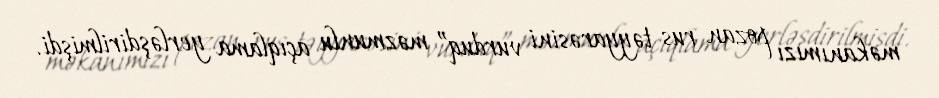
məkanımızı pozan rus təyyarəsini vurduq” məzmunlu açıqlama yerləşdirilmişdi.